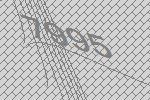
7995